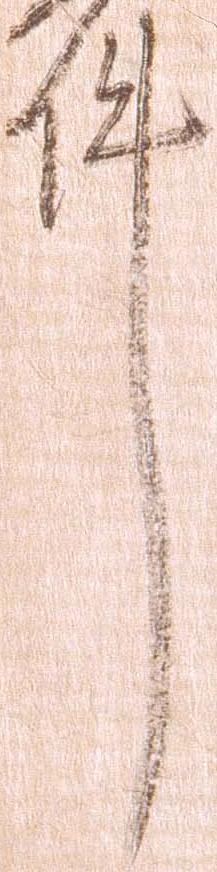
件